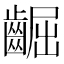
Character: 𪘳